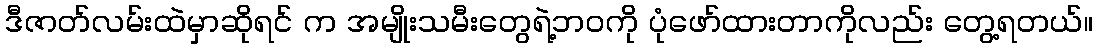
ဒီဇာတ်လမ်းထဲမှာဆိုရင် က အမျိုးသမီးတွေရဲ့ဘဝကို ပုံဖော်ထားတာကိုလည်း တွေ့ရတယ်။